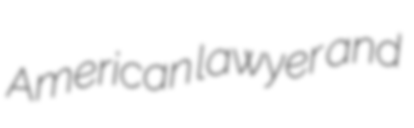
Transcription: American lawyer and